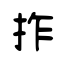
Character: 拃